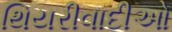
થિયરીવાદીઓ